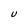
Character: U